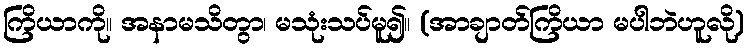
ကြိယာကို။ အနာမသိတွာ၊ မသုံးသပ်မူ၍။ (အာချာတ်ကြိယာ မပါဘဲဟူလို)